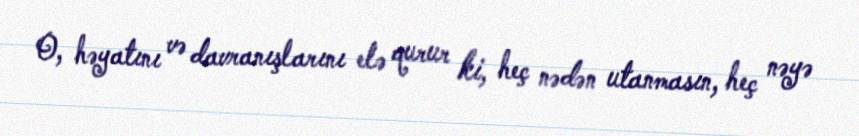
O, həyatını və davranışlarını elə qurur ki, heç nədən utanmasın, heç nəyə